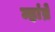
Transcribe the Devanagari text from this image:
म्हांब्रे